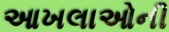
આખલાઓની